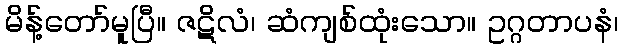
မိန့်တော်မူပြီ။ ဇဋိလံ၊ ဆံကျစ်ထုံးသော။ ဥဂ္ဂတာပနံ၊